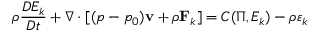
\rho \frac { D E _ { k } } { D t } + \nabla \cdot [ ( p - p _ { 0 } ) { \bf v } + \rho { \bf F } _ { k } ] = C ( \Pi , E _ { k } ) - \rho \varepsilon _ { k }